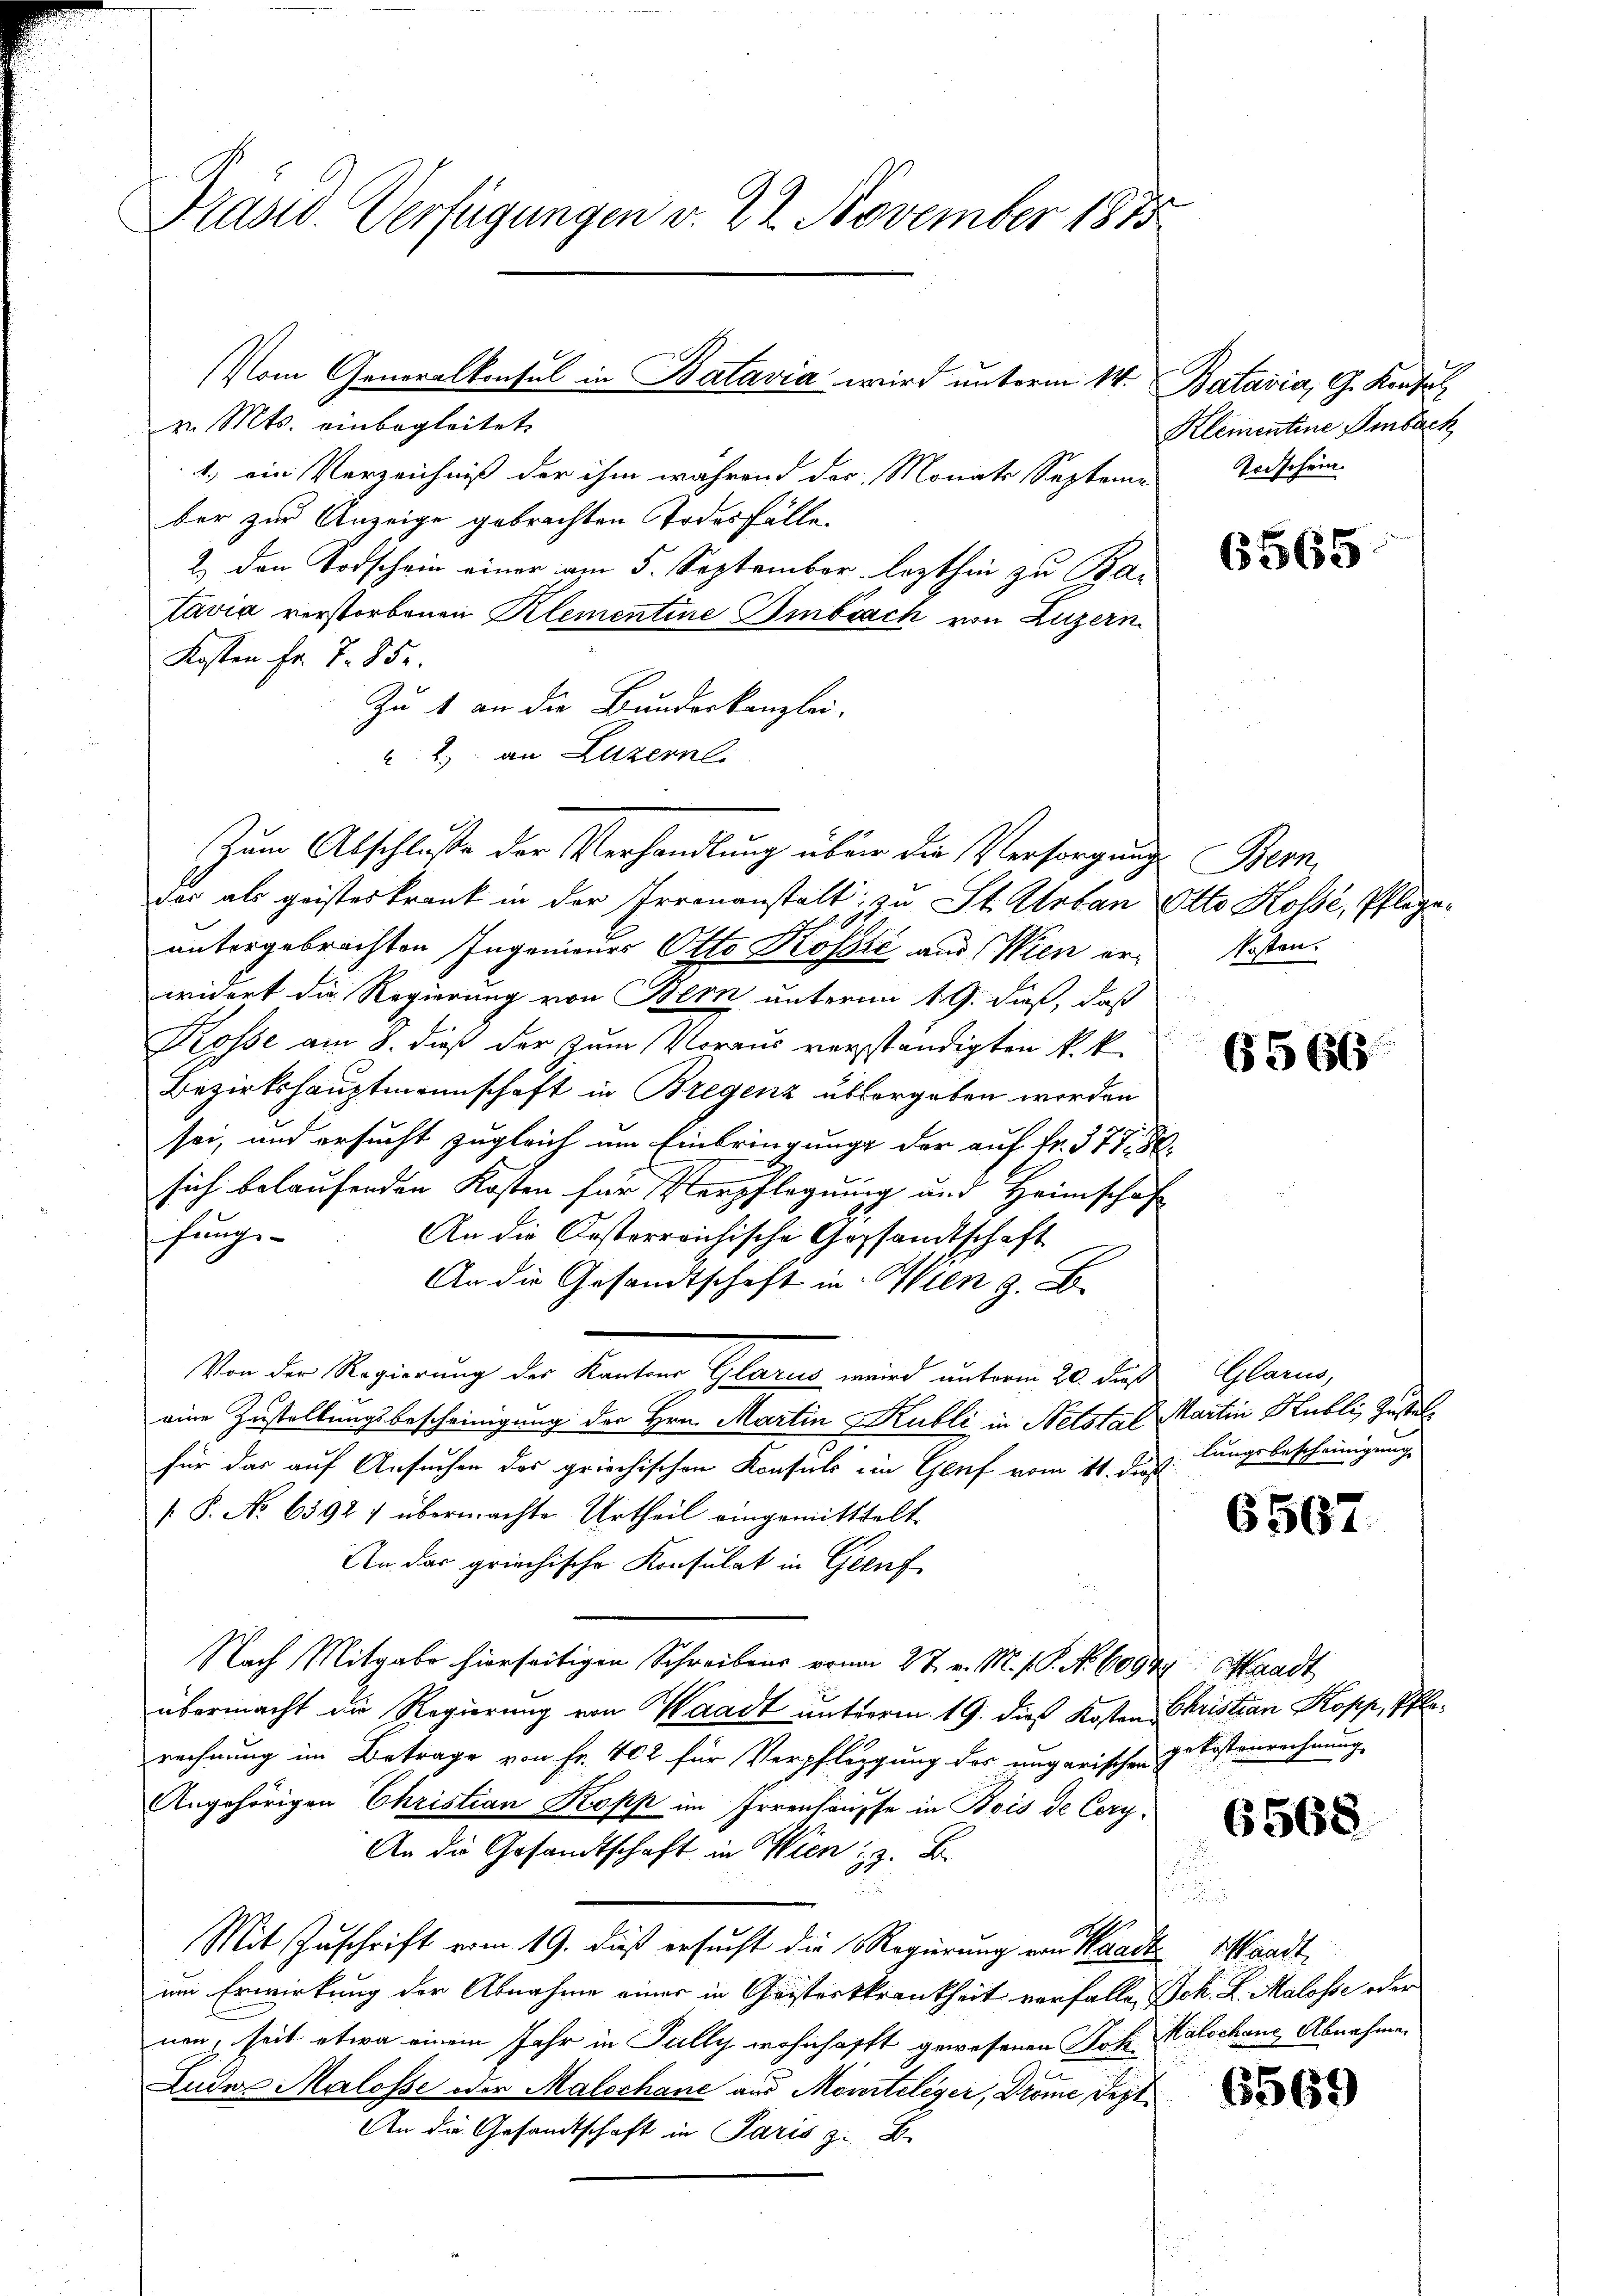
Präsid. Verfügungen v. 22. November 1875

v. Mts. einbegleitet
1.) ein Verzeichniß der ihm während der Monats Septeme
ber zur Anzeige gebrachten Todesfälle.
2.) Den Todschein einer am 5. September lezthin zu Ba-
Zavia verstorbenen Klementine Embrach von Luzern
Kosten Fr. T. 85.
Zu 1 an die Bunderkanzlei-
2) an Luzernli
Zum Abschluße der Verhandlung über die Versorgung Bern,
der als geisteskrank in der Irrenanstalt zu St. Urban Otto Kossé, Pflegeuntergebrachten Ingenieurs Otto Koszić aus Wien erwidert die Regierung von Bern unterm 19. dieß, daß
Kosse am 8. dieß der zum Voraus verständigten k. k.
Bezirkshauptmannschaft in Bregenz übergeben worden
sei, und ersucht zugleich um Einbringung der auf Fr. 377. 8.
sich belaufenden Kosten für Verpflegung und Heimschaf
fungs-
An die Oesterreichische Gesandtschaft
An die Gesandtschaft in Wien z. B.
Von der Regierung der Kanton Glarus wird unterm 20. des
eine Zustellungsbescheinigung der Hrn. Martin Kubli in Netstal Martin Hubli, Zustelfür das auf Ansuchen des griechischen Konsuls in Genf vom 11. ds.
/. P. No 6392) übermachte Urtheil eingemittelt.
An das griechische Konsulat in Greif
Nach Mitgabe hierseitigen Schreibens vom 27. v. M. v. P. Nr. 6000 Stadt
übermacht in Regierung von Waadt unterm 19. dieß Kostand
rechnung im Betrage von Fr. 402 für Verpflegung des ungarischen gekostenrechnung
Angehörigen Christian Kopp im Irrenhausse in Bois de Cery¬
An die Gesandtschaft in Wien z. B.
1
Mit Zuschrift vom 19. daß ersucht die Regierung von Waadt Waadt,
um Erwirkung der Abnahme einer in Christerskrankheit verfalle, Joh. K. Malosse oder
nen, seit etwa einem Jahr in Fully wohnhafft gewesenen Joh. Malschaue Abnahme
Luder Malosse oder Malschane aus Moniteleger, Drome Sept
An die Gesandtschaft in Paris z. B.

Vom Generalkonsul in Batavia wird unterm 14. Batavia, G. Konsul

Klementine Ambach
Todschein.

6565

kosten.

6566

Glarus,
lungsbescheinigunge

6567

Christian Kopp, Pfle¬

6568

6569